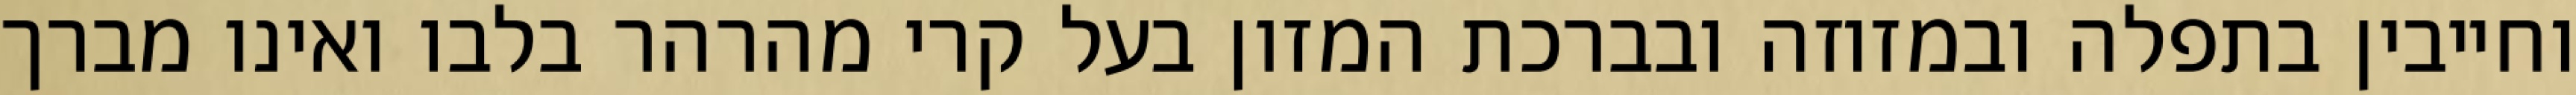
וחייבין בתפלה ובמזוזה ובברכת המזון בעל קרי מהרהר בלבו ואינו מברך